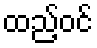
ထည့်ဝင်